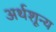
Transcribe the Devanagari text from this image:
अर्थशून्य